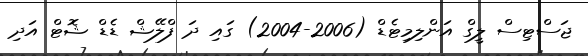
ޖަސްޓިސް ލީގް އަންލިމިޓެޑް (2006-2004) ގައި ދަ ފްލޭޝް ޑެޑް ޝޮޓް އަދި